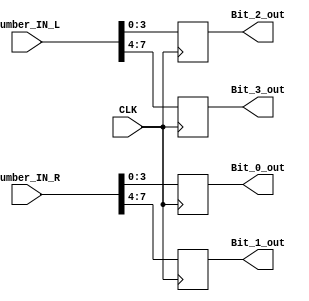
`timescale 1ns / 1ps
//////////////////////////////////////////////////////////////////////////////////
// Company: School of Engineering, University of Edinburgh
// 
// Design Name: DSL_4_Mouse_Interface_assignment_1
// Module Name: bit_divider
// Project Name: Mouse Interface
// Target Devices: Xilinx Basys 3
// Tool Versions: Xilinx Vivado 2015.2
// Description: divid incoming 2 8-bit regs to 4 bit display
// 
// Dependencies: 
// 
// Revision: 2.1
// Revision 0.01 - File Created
// Additional Comments:
// 
//////////////////////////////////////////////////////////////////////////////////


module bit_divider(
    input CLK,
    input [7:0] Number_IN_L,
    input [7:0] Number_IN_R,
    output reg [3:0] Bit_0_out,
    output reg [3:0] Bit_1_out,
    output reg [3:0] Bit_2_out,
    output reg [3:0] Bit_3_out
    );
    
    //divid data to hex display for seven segments
    always@(posedge CLK)begin
        Bit_3_out = Number_IN_L[7:4];
        Bit_2_out = Number_IN_L[3:0];
        Bit_1_out = Number_IN_R[7:4];
        Bit_0_out = Number_IN_R[3:0];        
    end
endmodule